Report on the bubonic plague in Bombay, 1896-1897
Year: 1896
Disease focus: Plague
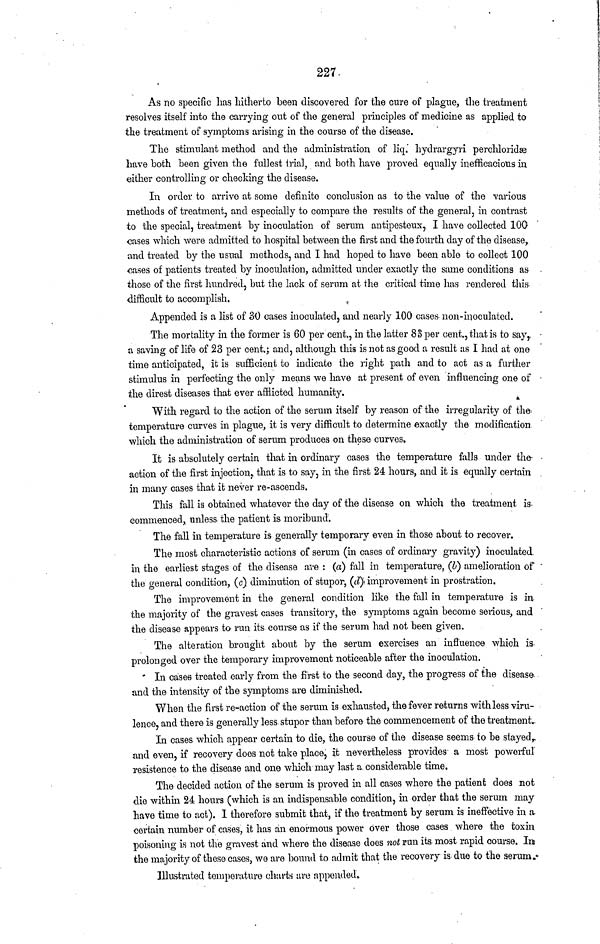
227
As no specific has hitherto been discovered for the cure of plague, the treatment
resolves itself into the carrying out of the general principles of medicine as applied to
the treatment of symptoms arising in the course of the disease.
The stimulant method and the administration of liq. hydrargyri perchloridse
have both been given the fullest trial, and both have proved equally inefficacious in
either controlling or checking the disease.
In order to arrive at some definite conclusion as to the value of the various
methods of treatment, and especially to compare the results of the general, in contrast
to the special, treatment by inoculation of serum antipesteux, I have collected 100
cases which were admitted to hospital between the first and the fourth day of the disease,
and treated by the usual methods, and I had hoped to have been able to collect 100
cases of patients treated by inoculation, admitted under exactly the same conditions as
those of the first hundred, but the lack of serum at the critical time has rendered this
difficult to accomplish.
Appended is a list of 30 cases inoculated, and nearly 100 cases non-inoculated.
The mortality in the former is 60 per cent., in the latter 83 per cent., that is to say,
a saving of life of 23 per cent.; and, although this is not as good a result as I had at one
time anticipated, it is sufficient to indicate the right path and to act as a further
stimulus in perfecting the only means we have at present of even influencing one of
the direst diseases that ever afflicted humanity.
With regard to the action of the serum itself by reason of the irregularity of the
temperature curves in plague, it is very difficult to determine exactly the modification
which the administration of serum produces on these curves.
It is absolutely certain that in ordinary cases the temperature falls under the
action of the first injection, that is to say, in the first 24 hours, and it is equally certain
in many cases that it never re-ascends.
This fall is obtained whatever the day of the disease on which the treatment is
commenced, unless the patient is moribund.
The fall in temperature is generally temporary even in those about to recover.
The most characteristic actions of serum (in cases of ordinary gravity) inoculated
in the earliest stages of the disease are : (a) fall in temperature, (b) amelioration of
the general condition, (c) diminution of stupor, (d) improvement in prostration.
The improvement in the general condition like the fall in temperature is in
the majority of the gravest cases transitory, the symptoms again become serious, and
the disease appears to run its course as if the serum had not been given.
The alteration brought about by the serum exercises an influence which is
prolonged over the temporary improvement noticeable after the inoculation.
In cases treated early from the first to the second day, the progress of the disease
and the intensity of the symptoms are diminished.
When the first re-action of the serum is exhausted, the fever returns with less viru-
lence, and there is generally less stupor than before the commencement of the treatment.
In cases which appear certain to die, the course of the disease seems to be stayed,
and even, if recovery does not take place, it nevertheless provides a most powerful
insistence to the disease and one which may last a considerable time.
The decided action of the serum is proved in all cases where the patient does not
die within 24 hours (which is an indispensable condition, in order that the serum may
have time to act). I therefore submit that, if the treatment by serum is ineffective in a
certain number of cases, it has an enormous power over those cases where the toxin
poisoning is not the gravest and where the disease does not run its most rapid course. In
the majority of these cases, we are bound to admit that the recovery is due to the serum.
Illustrated temperature charts are appended.